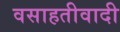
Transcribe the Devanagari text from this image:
वसाहतीवादी